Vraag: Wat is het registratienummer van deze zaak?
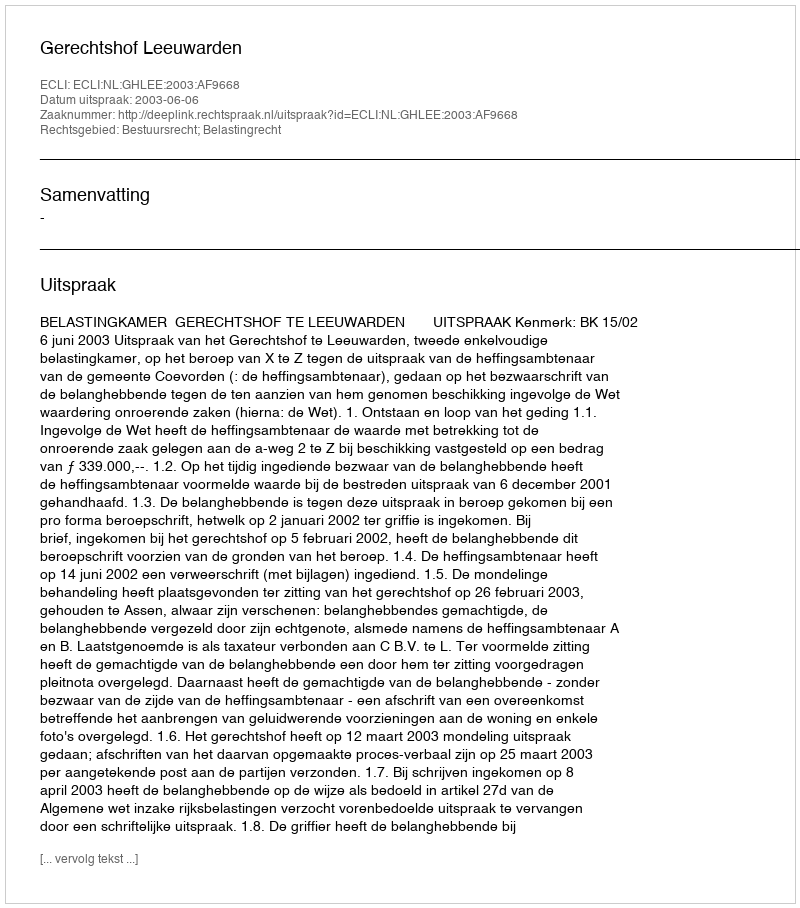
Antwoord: http://deeplink.rechtspraak.nl/uitspraak?id=ECLI:NL:GHLEE:2003:AF9668